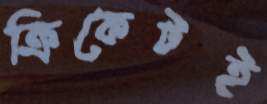
ক্রিকেটই